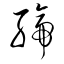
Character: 締